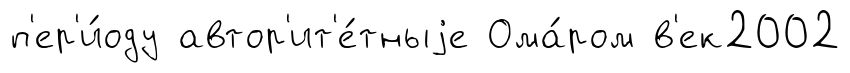
п'ер'и́оду автор'ит'е́тныjе Ома́ром в'ек2002